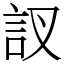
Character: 訍